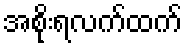
အစိုးရလက်ထက်